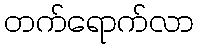
တက်ရောက်လာ